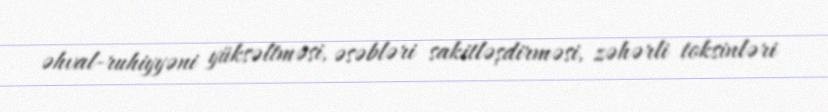
əhval-ruhiyyəni yüksəltməsi, əsəbləri sakitləşdirməsi, zəhərli toksinləri